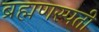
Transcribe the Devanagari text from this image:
ब्रह्मणस्पती